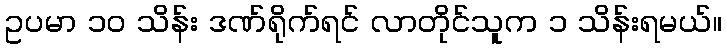
ဥပမာ ၁၀ သိန်း ဒဏ်ရိုက်ရင် လာတိုင်သူက ၁ သိန်းရမယ်။